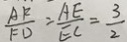
\frac { A F } { F D } = \frac { A E } { E C } = \frac { 3 } { 2 }